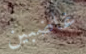
غاضبين